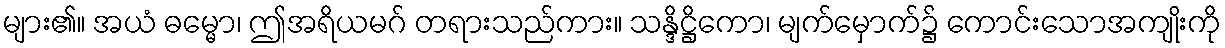
များ၏။ အယံ ဓမ္မော၊ ဤအရိယမဂ် တရားသည်ကား။ သန္ဒိဋ္ဌိကော၊ မျက်မှောက်၌ ကောင်းသောအကျိုးကို